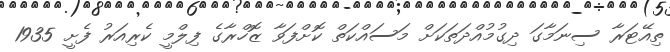
ތިއޭޓަރާ ސިނަމާގަ ދިގުމުއްދަތަކަށް މަސައްކަތް ކޮށްފަވާ ޒޮހްރާގެ ފިލްމީ ކެރިއަރު ފެށީ 1935